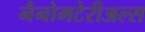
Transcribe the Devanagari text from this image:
नैनोमटेरीअल्स